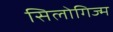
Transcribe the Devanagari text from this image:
सिलोगिज्म